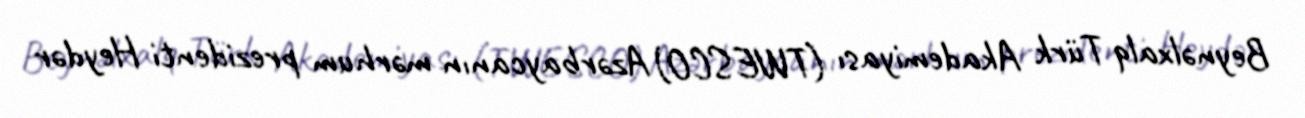
Beynəlxalq Türk Akademiyası (TWESCO) Azərbaycanın mərhum prezidenti Heydər